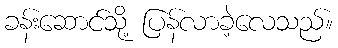
ခန်းဆောင်သို့ ပြန်လာခဲ့လေသည်။